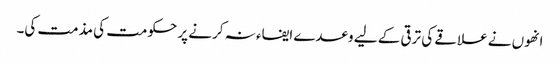
انھوں نے علاقے کی ترقی کے لیے وعدے ایفاء نہ کرنے پر حکومت کی مذمت کی۔